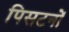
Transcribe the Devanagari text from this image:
पिसटनों